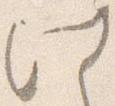
此